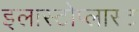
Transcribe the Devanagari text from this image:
इलास्टोप्लास्ट